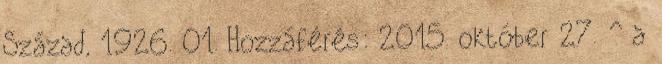
Század, 1926. 01. Hozzáférés: 2015. október 27. ^ a